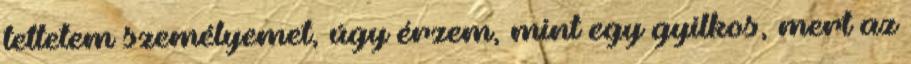
tettetem személyemet, úgy érzem, mint egy gyilkos, mert az